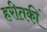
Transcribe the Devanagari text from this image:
हरीतकीं